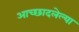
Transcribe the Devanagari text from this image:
आच्छादलेल्या